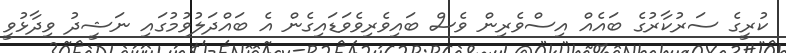
ކުރީގެ ސަރުކާރުގެ ބައެއް އިސްވެރިން ވެސް ބައިވެރިވެވަޑައިގެން އެ ބައްދަލުވުމުގައި ނަޝީދު ވިދާޅުވީ